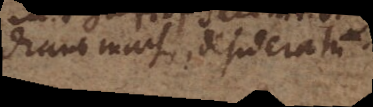
draus machen, desideratum.